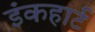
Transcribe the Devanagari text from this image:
इंकहार्ट